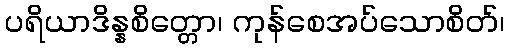
ပရိယာဒိန္နစိတ္တော၊ ကုန်စေအပ်သောစိတ်၊